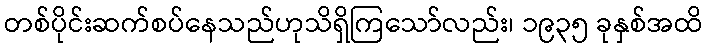
တစ်ပိုင်းဆက်စပ်နေသည်ဟုသိရှိကြသော်လည်း၊ ၁၉၃၅ ခုနှစ်အထိ